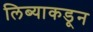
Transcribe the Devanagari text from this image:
लिब्याकडून